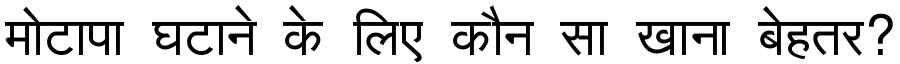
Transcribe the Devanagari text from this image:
मोटापा घटाने के लिए कौन सा खाना बेहतर?